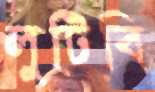
লুটিবি